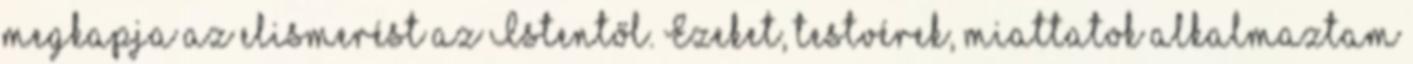
megkapja az elismerést az Istentől. Ezeket, testvérek, miattatok alkalmaztam